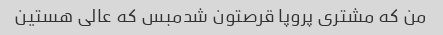
من که مشتری پروپا قرصتون شدمبس که عالی هستین